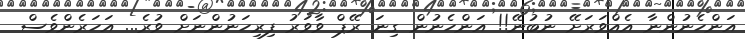
އަންހެނުންނާ އެއްވަރަށޭ ނުބުނޭ!! އަންހެނުން ގިނަ ރޭޕް ވާވަރު ފިރިހަނުންނަށް ވުރެ... އަހަރެންވެސް